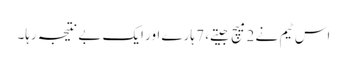
اس ٹیم نے 2 میچ جیتے، 7 ہارے اور ایک بے نتیجہ رہا۔